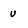
Character: u